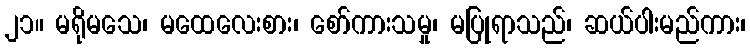
၂၁။ မရိုမသေ၊ မထေလေးစား၊ စော်ကားသမှု၊ မပြုရာသည်၊ ဆယ်ပါးမည်ကား၊